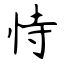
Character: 恃